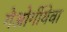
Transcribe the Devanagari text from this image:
गेओर्गीयेवा